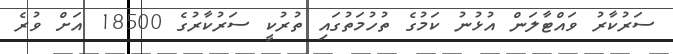
ސަރުކާރު ވައްޓާލަން އުޅުނު ކަމުގެ ތުހުމަތުގައި ތުރުކީ ސަރުކާރުގެ 18500 އަށް ވުރެ